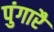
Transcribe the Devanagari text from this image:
पुंगारै